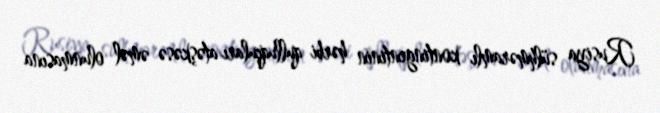
Rusiya sülhməramlı kontingentinin hərbi qulluqçuları atəşkəsə əməl olunmasına